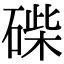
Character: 𥓽